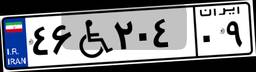
۸۹W۶۸۶۴۲